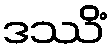
ဒဿိံ